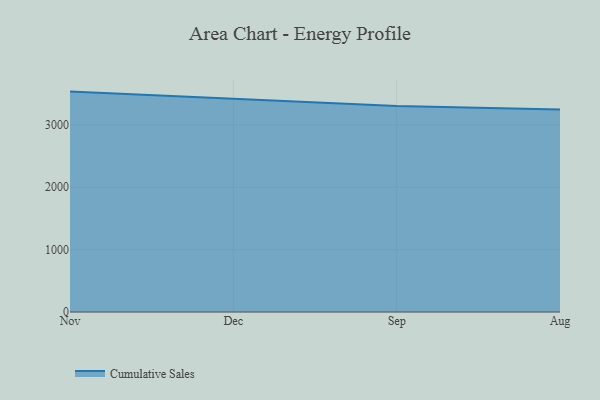
{"axis": {"x": "Month", "y": "LTV (USD)"}, "legend": ["Cumulative Sales"], "data": [{"x": "Nov", "y": 3533.8, "type": "Cumulative Sales"}, {"x": "Dec", "y": 3423.5, "type": "Cumulative Sales"}, {"x": "Sep", "y": 3301.2, "type": "Cumulative Sales"}, {"x": "Aug", "y": 3248.4, "type": "Cumulative Sales"}]}